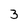
Character: 3